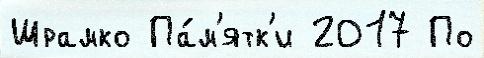
Шрамко Па́м'ятк'и 2017 По